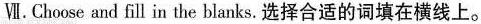
Ⅶ.Choose and fill in the blanks.选择合适的词填在横线上.